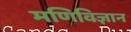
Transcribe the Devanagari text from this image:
मणिविज्ञान